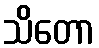
သိတော